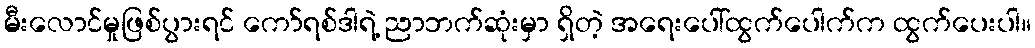
မီးလောင်မှုဖြစ်ပွားရင် ကော်ရစ်ဒါရဲ့ ညာဘက်ဆုံးမှာ ရှိတဲ့ အရေးပေါ်ထွက်ပေါက်က ထွက်ပေးပါ။